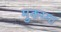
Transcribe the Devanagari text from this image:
मुकय्या